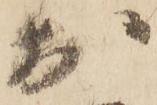
於